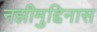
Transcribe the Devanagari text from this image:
नझीमुद्दिनास